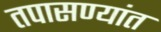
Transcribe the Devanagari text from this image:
तपासण्यांत